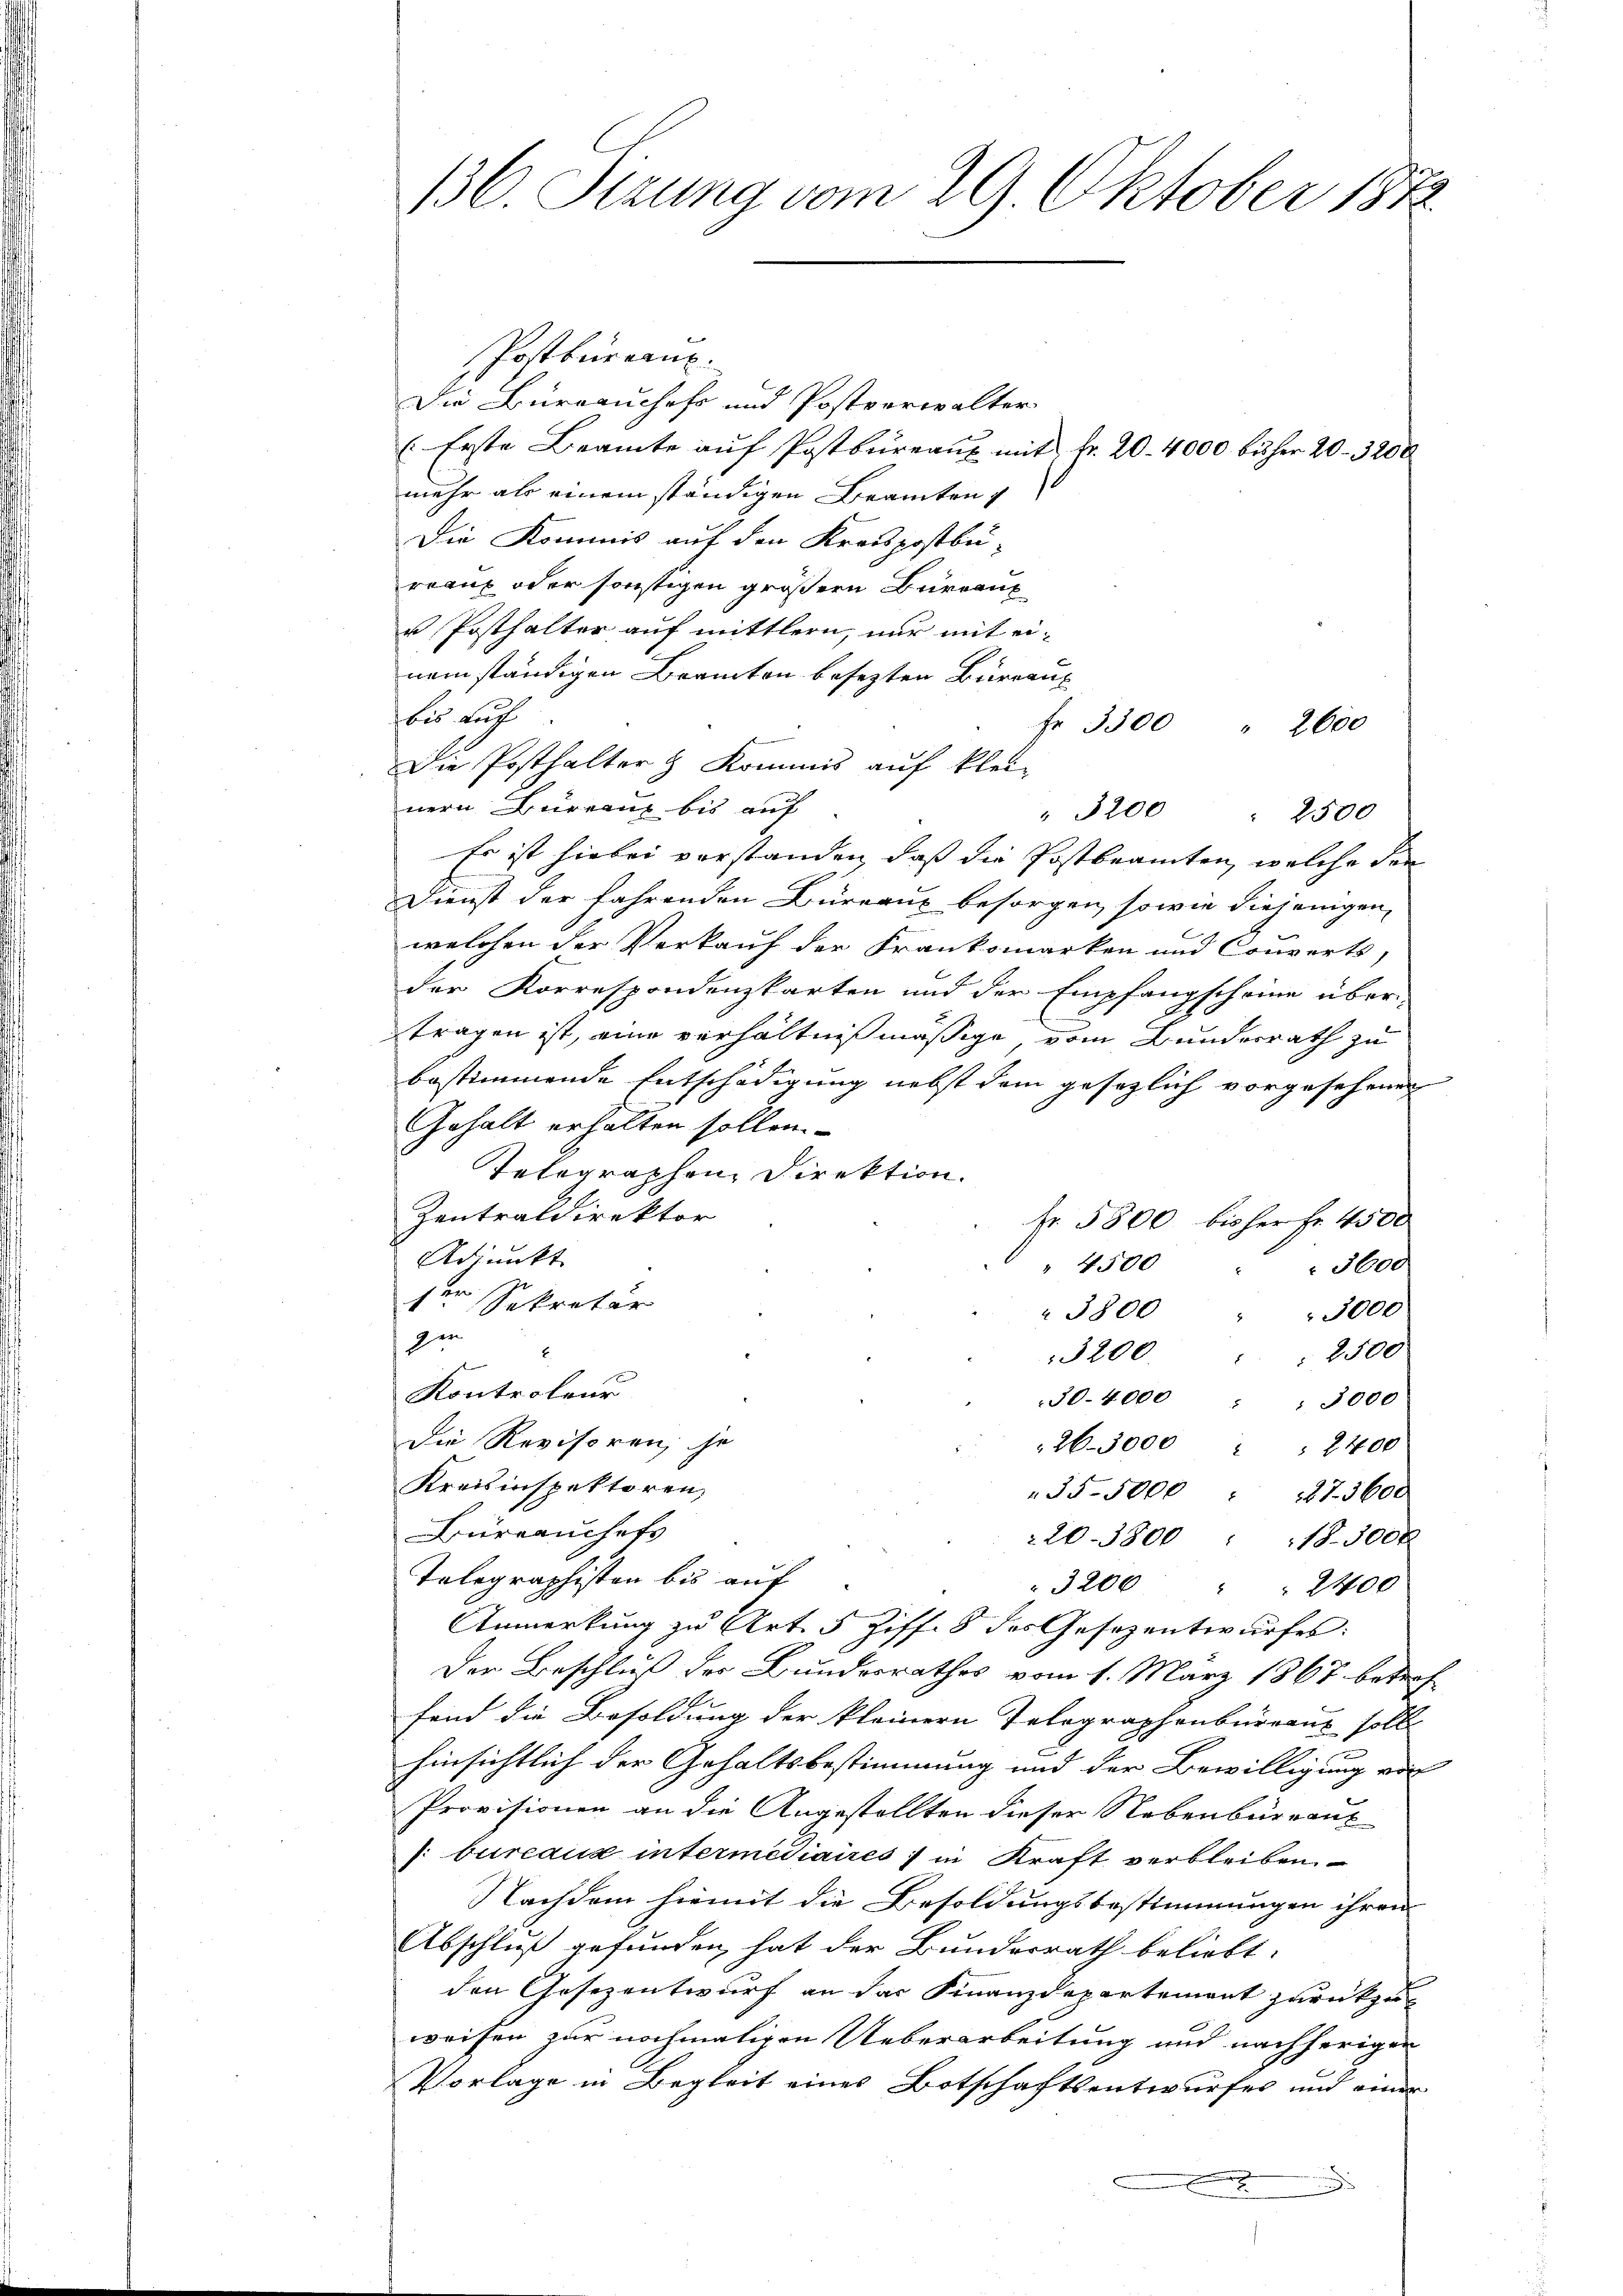
136. Sizung vom 29 Oktober 1872

Postbureau.
Die Büreauchefs und Postverwalter
Erste Beamte auf Postbureaux mit Nr. 20. 4000 bisher 20 - 3200
mehr als einem ständigen Beamten
Die Kommis auf den Kreispostbü-
reaux oder sonstigen größern Bureaux
u Posthalter auf mittlern, nur mit einem ständigen Beamten besetzten Büreau
bis auch
Fr 3300 " 2600
e
Die Posthalter & Kommis auf klei-
nern Büreaux bis auf
" 3200 " 2500
Es ist hiebei vorstanden, daß die Postbeamten, welche der
Dienst der fahrenden Büreaux besorgen, sowie diejenigen
welchen der Verkauf der Franksmarken und Converts,
der Korrespondenzkarten und der Empfangscheine über-
tragen ist, eine verhältnißmäßige, vom Bunderrath zu
bestimmende Entschädigung nebst dem gesezlich vorgesehenen
Gehalt erhalten sollen.
Telegraphen Direktion.
Zentraldirektor
fr 5800 bisher Fr. 4500
Adjunkt
" 4500
3600
ser Sekretär
 3800
3000
ger
3200. " " 2500
Kontroleur
30-4000 : " 3000
Die Revisoren; je
26-3000 " " 2400
Kreisinspektoren,
355000 175600.
Büreauschaft
20-3800 : 18300x
Telegraphisten bis auf
3200 " " 2400
Anmerkung zu Art. 5 Ziff. 8 des Gesezentwurfes:
Der Beschluß der Bundesrathes vom 1. März 1867 betref
fand die Besoldung der kleinern Telegraphenbureaus soll
hinsichtlich der Gehaltsbestimmung und der Bewilligung von
Provisionen an die Angestellten dieser Nebenbüreaux
: bureaux intermediaires, in Kraft verbleiben.
Nachdem hiemit die Besoldungsbestimmungen ihren
Abschluß gefunden hat der Bundesrath beliebt:
den Gesezentwurf an der Finanzdepartement zurückzuweisen zur nochmaligen Ueberarbeitung und nachherigen
Vorlage in Begleit eines Botschaftsentwurfes und einer
.